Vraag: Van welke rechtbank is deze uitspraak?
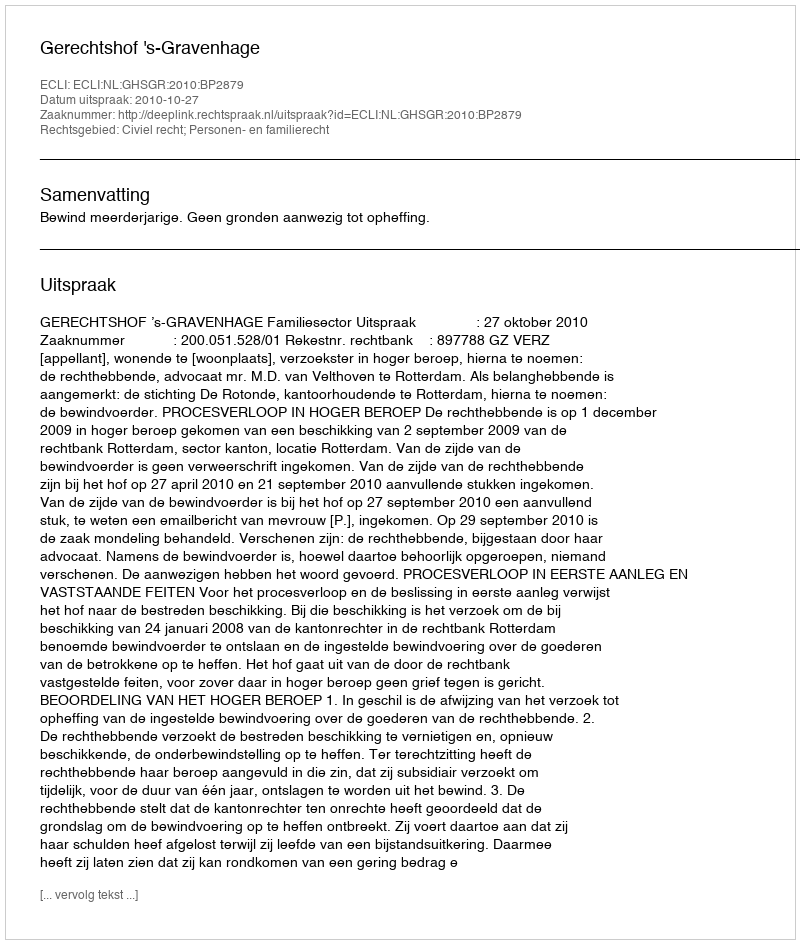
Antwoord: Gerechtshof 's-Gravenhage